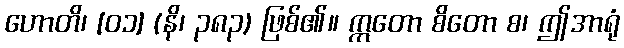
ဟောတိ၊ [၀၁] (နိ၊ ၃၈၃) ဖြစ်၏။ ဣတော စိတော စ၊ ဤအာရုံ